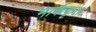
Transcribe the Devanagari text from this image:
मार्ककृत